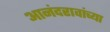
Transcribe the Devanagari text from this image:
आनंदरावांच्या